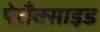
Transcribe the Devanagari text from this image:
पेराँक्साइड